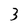
Character: 3